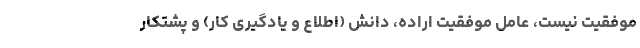
موفقیت نیست، عامل موفقیت اراده، دانش (اطلاع و یادگیری کار) و پشتکار